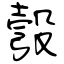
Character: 彀